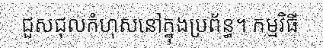
ជួសជុលកំហុសនៅក្នុងប្រព័ន្ធ។ កម្មវិធី